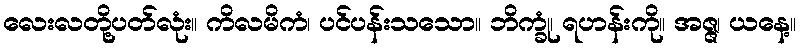
လေးလတို့ပတ်လုံး။ ကိလမိကံ၊ ပင်ပန်းသသော။ ဘိက္ခုံ၊ ရဟန်းကို။ အဇ္ဇ၊ ယနေ့။